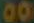
00